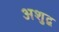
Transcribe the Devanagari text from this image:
अशुद्व